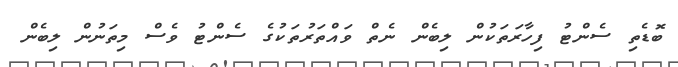
ބޮޑެތި ސެންޓު ފިހާރަތަކުން ލިބެން ނެތް ވައްތަރުތަކުގެ ސެންޓު ވެސް މިތަނުން ލިބެން